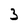
Character: 3